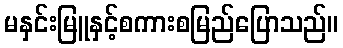
မနှင်းမြူနှင့်စကားစမြည်ပြောသည်။